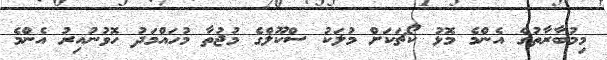
މިމުބާރާތުގެ އެންމެ މޮޅު ކޯޗަކަށް މުލަކު ސްކޫލްގެ މުޖުތާ މުހައްމަދު ހޮވުނުއިރު އެންމެ